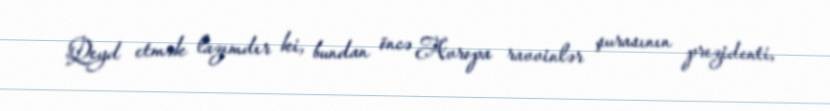
Qeyd etmək lazımdır ki, bundan öncə Avropa ravvinlər şurasının prezidenti,